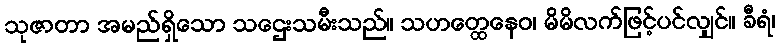
သုဇာတာ အမည်ရှိသော သဌေးသမီးသည်။ သဟတ္ထေနေဝ၊ မိမိလက်ဖြင့်ပင်လျှင်။ ခီရံ၊